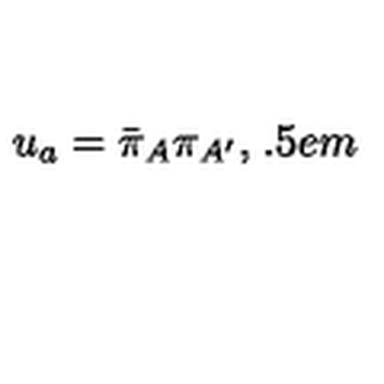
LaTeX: u _ { a } = \bar { \pi } _ { A } \pi _ { A ^ { \prime } } , \hspace { 1 . 5 e m }